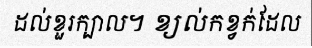
ដល់ខួរក្បាល។ ខ្យល់កខ្វក់ដែល